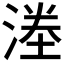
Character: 𭱜